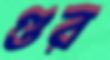
গুর